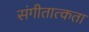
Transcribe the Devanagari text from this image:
संगीतात्कता